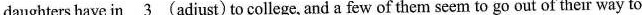
daughters have in \underline{3} (adjust) to college, and a few of them seem to go out of their way to